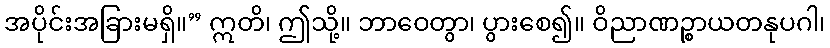
အပိုင်းအခြားမရှိ။” ဣတိ၊ ဤသို့။ ဘာဝေတွာ၊ ပွားစေ၍။ ဝိညာဏဉ္စာယတနုပဂါ၊